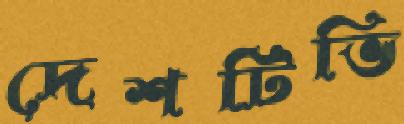
দেশটিভি